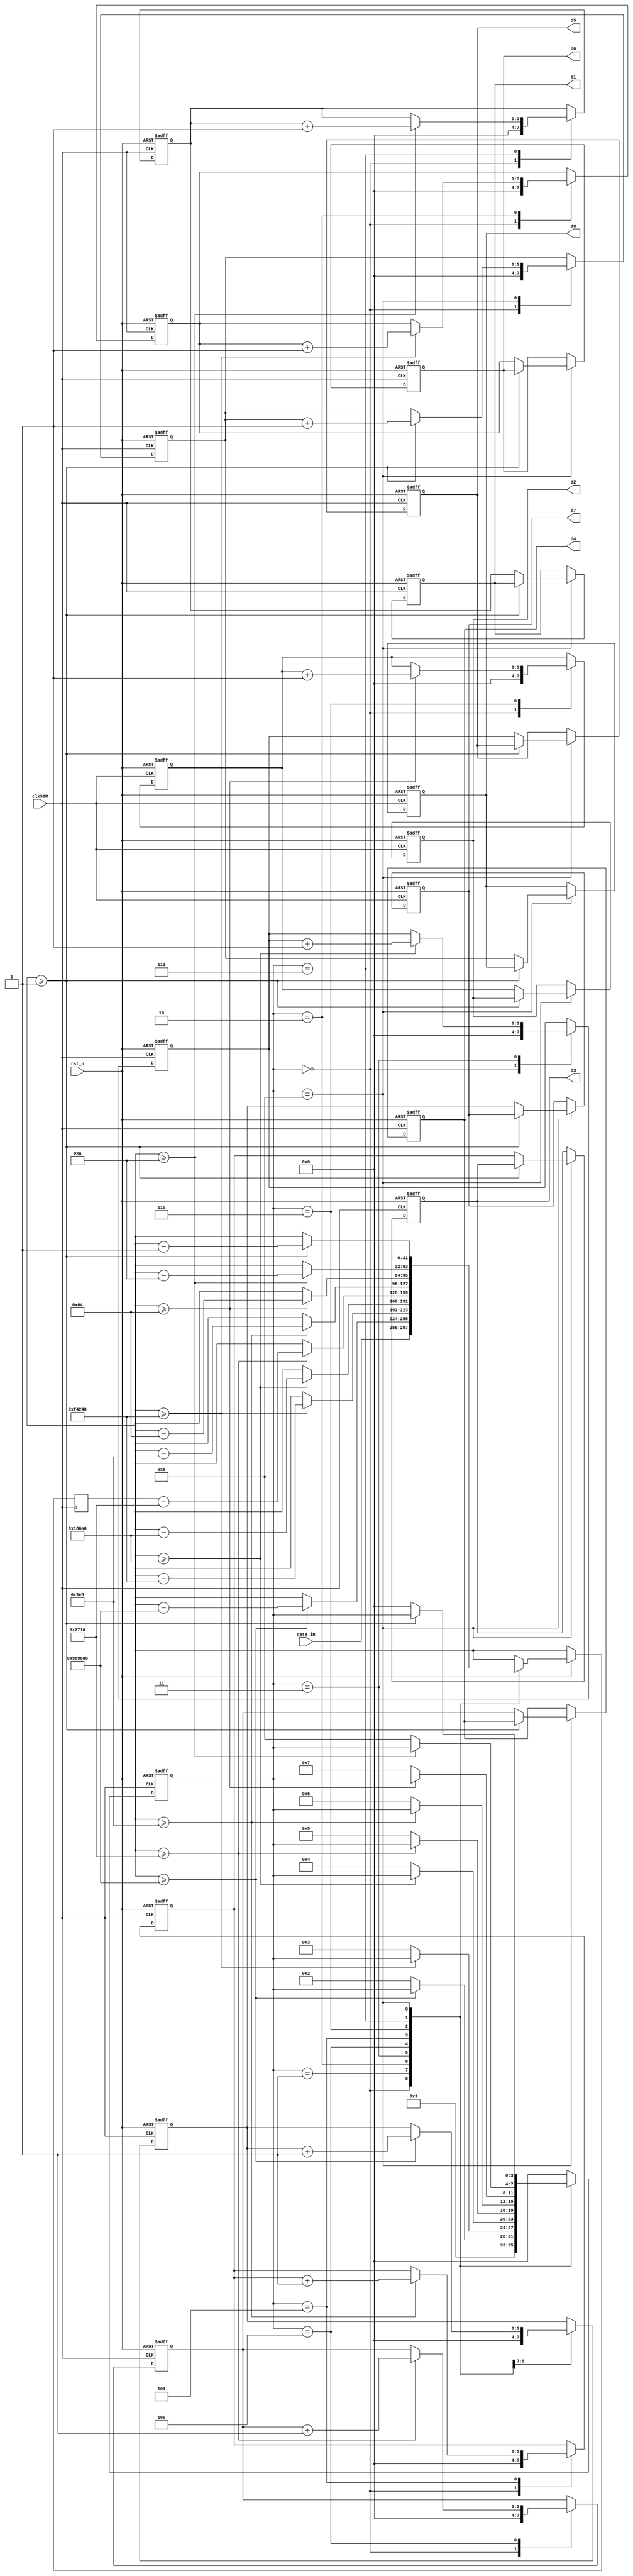
module bin2dec(clk50M,rst_n,data_in,d0,d1,d2,d3,d4,d5,d6,d7);
input clk50M,rst_n;
input [31:0] data_in;
output [3:0] d0,d1,d2,d3,d4,d5,d6,d7;
reg [31:0] data_in_r;
reg [3:0] state;
reg [3:0] d0_r,d1_r,d2_r,d3_r,d4_r,d5_r,d6_r,d7_r,temp0,temp1,temp2,temp3,temp4,temp5,temp6,temp7;
assign d0=d0_r;
assign d1=d1_r;
assign d2=d2_r;
assign d3=d3_r;
assign d4=d4_r;
assign d5=d5_r;
assign d6=d6_r;
assign d7=d7_r;
always@(posedge clk50M or negedge rst_n)
begin
 if(!rst_n)
  begin
   state<=4'd0;
   d0_r<=4'd0;
   d1_r<=4'd0;
   d2_r<=4'd0;
   d3_r<=4'd0;
   d4_r<=4'd0;
   d5_r<=4'd0;
   d6_r<=4'd0;
   d7_r<=4'd0;
   temp1<=4'd0;
   temp2<=4'd0;
   temp3<=4'd0;
   temp4<=4'd0;
   temp5<=4'd0;
   temp6<=4'd0;
   temp7<=4'd0;
   temp0<=4'd0;
  end
 else
  begin
   case(state)
  4'd0:begin
        data_in_r<=data_in;
        state<=4'd1;
        
        temp1<=4'd0;
        temp2<=4'd0;
        temp3<=4'd0;
        temp4<=4'd0;
        temp5<=4'd0;
        temp6<=4'd0;
        temp7<=4'd0;
        temp0<=4'd0;
       end
  4'd1:begin
        if(data_in_r>=32'd10000000)
         begin
          data_in_r<=data_in_r-32'd10000000;
          temp7<=temp7+4'd1;
         end
        else
         begin
          
          state<=4'd2;
         end
       end
  4'd2:begin
        if(data_in_r>=32'd1000000)
         begin
          data_in_r<=data_in_r-32'd1000000;
          temp6<=temp6+4'd1;
         end
        else
         begin
          
          state<=4'd3;
         end
       end
   4'd3:begin
        if(data_in_r>=32'd100000)
         begin
          data_in_r<=data_in_r-32'd100000;
          temp5<=temp5+4'd1;
         end
        else
         begin
          
          state<=4'd4;
         end
       end
   4'd4:begin
        if(data_in_r>=32'd10000)
         begin
          data_in_r<=data_in_r-32'd10000;
          temp4<=temp4+4'd1;
         end
        else
         begin
          
          state<=4'd5;
         end
       end
   4'd5:begin
        if(data_in_r>=32'd1000)
         begin
          data_in_r<=data_in_r-32'd1000;
          temp3<=temp3+4'd1;
         end
        else
         begin
          
          state<=4'd6;
         end
       end
   4'd6:begin
        if(data_in_r>=32'd100)
         begin
          data_in_r<=data_in_r-32'd100;
          temp2<=temp2+4'd1;
         end
        else
         begin
          
          state<=4'd7;
         end
       end
   4'd7:begin
        if(data_in_r>=32'd10)
         begin
          data_in_r<=data_in_r-32'd10;
          temp1<=temp1+4'd1;
         end
        else
         begin
          
          state<=4'd8;
         end
       end
   4'd8:begin
        if(data_in_r>=32'd1)
         begin
          data_in_r<=data_in_r-32'd1;
          temp0<=temp0+4'd1;
         end
        else
         begin
          d0_r<=temp0;
          d1_r<=temp1;
          d2_r<=temp2;
          d3_r<=temp3;
          d4_r<=temp4;
          d5_r<=temp5;
          d6_r<=temp6;
          d7_r<=temp7;
          state<=4'd0;
         end
       end
   default:state<=4'd0;
   endcase
  end
end
endmodule